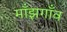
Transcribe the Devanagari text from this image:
माँझगाँव